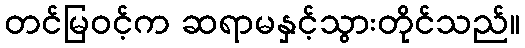
တင်မြဝင့်က ဆရာမနှင့်သွားတိုင်သည်။